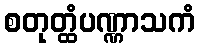
စတုတ္ထံပဏ္ဏာသကံ